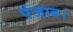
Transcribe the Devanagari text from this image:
पंजाब।